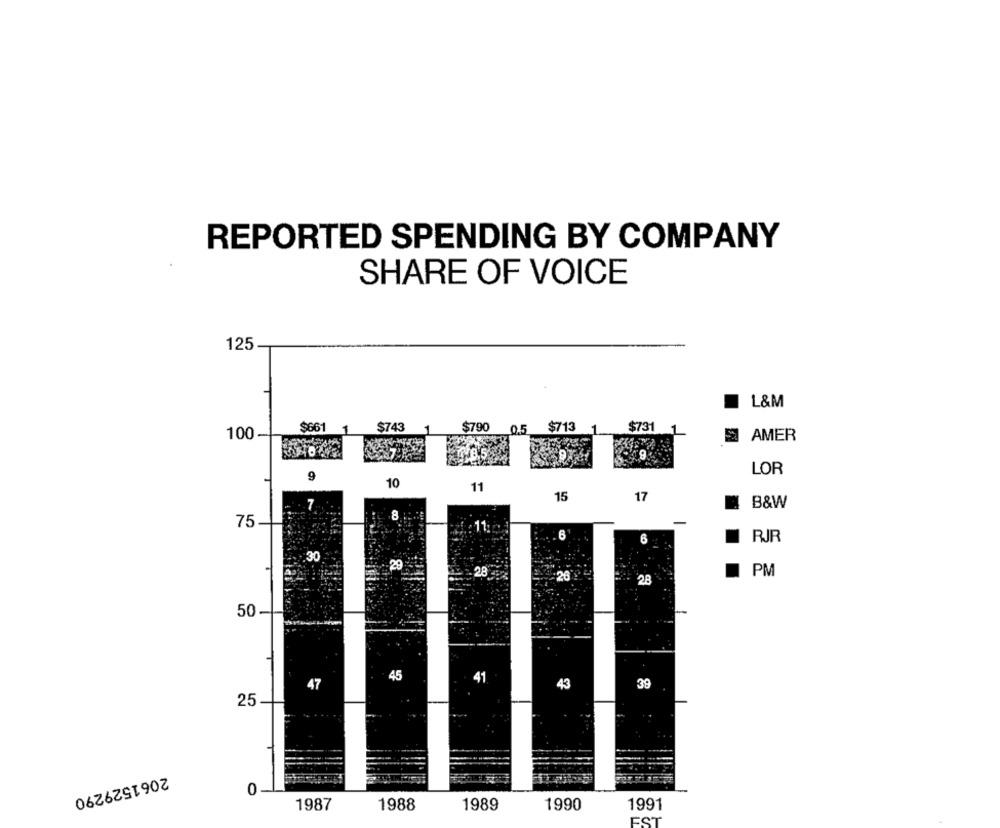
REPORTED SPENDING BY COMPANY
SHARE OF VOICE
125
L&M
$661
$743
1
$790
0.5
$713
$731
1
100
AMER
9
LOR
9
10
11
15
17
B&W
.8
75
11.
6
RJR
6
30
29
PM
26
28
50
45
41
42
38
25
2061529290
0
1987
1988
1989
1990
1991
EST